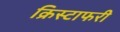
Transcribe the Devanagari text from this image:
क्रिस्टाफरी